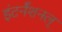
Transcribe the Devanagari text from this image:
इंटर्नॅशनल्